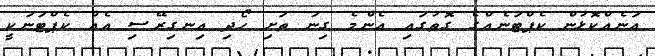
އަނެއްކޮޅުން ކެޕްޓަނެއްގެ ގޮތުގައި އެންމެ ގިނަ ތަށި ހޯދި އިނގިރޭސި އެއް ކެޕްޓަނަކީ